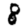
Digit: 8